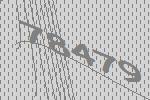
78479